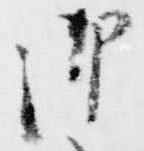
御